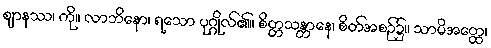
ဈာနဿ၊ ကို။ လာဘိနော၊ ရသော ပုဂ္ဂိုလ်၏။ စိတ္တသန္တာနေ၊ စိတ်အစဉ်၌။ သာမိအတ္ထေ၊